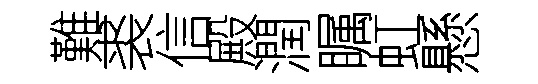
難裘信殿潤瞩虹懸